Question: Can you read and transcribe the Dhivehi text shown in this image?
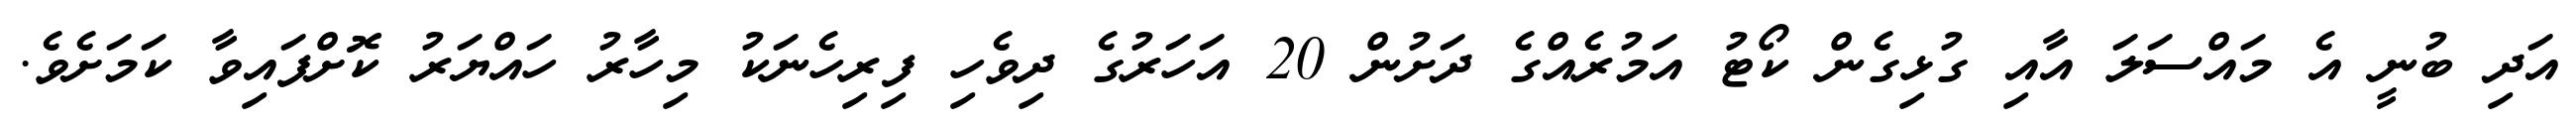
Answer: އަދި ބުނީ އެ މައްސަލަ އާއި ގުޅިގެން ކޯޓު އަމުރެއްގެ ދަށުން 20 އަހަރުގެ ދިވެހި ފިރިހެނަކު މިހާރު ހައްޔަރު ކޮށްފައިވާ ކަމަށެވެ.